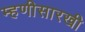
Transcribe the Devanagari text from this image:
म्हणीसारखी